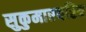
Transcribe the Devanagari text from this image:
सुकुमारचरित्र